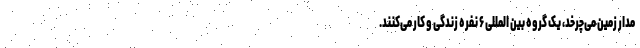
مدار زمین می‌چرخد، یک گروه بین المللی ۶ نفره زندگی و کار می‌کنند.